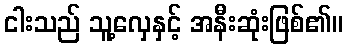
ငါးသည် သူ့လှေနှင့် အနီးဆုံးဖြစ်၏။